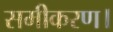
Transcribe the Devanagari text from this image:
समीकरण।